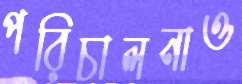
পরিচালনাও